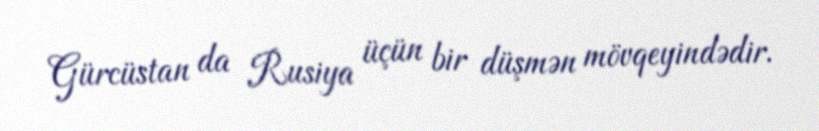
Gürcüstan da Rusiya üçün bir düşmən mövqeyindədir.